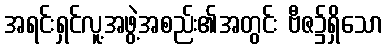
အရင်းရှင်လူ့အဖွဲ့အစည်း၏အတွင်း ဗီဇ၌ရှိသော